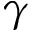
\gamma